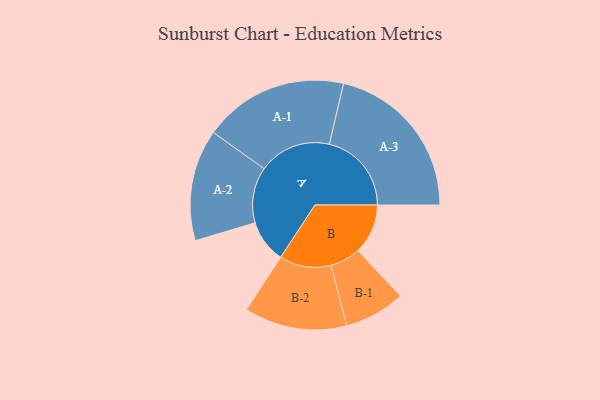
{"axis": {"x": "Segment", "y": "Value"}, "legend": ["", "A", "B"], "data": [{"x": "A", "y": 151, "type": ""}, {"x": "B", "y": 176, "type": ""}, {"x": "A-1", "y": 255, "type": "A"}, {"x": "A-2", "y": 196, "type": "A"}, {"x": "A-3", "y": 289, "type": "A"}, {"x": "B-1", "y": 107, "type": "B"}, {"x": "B-2", "y": 181, "type": "B"}]}